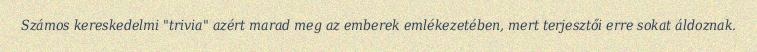
Számos kereskedelmi "trivia" azért marad meg az emberek emlékezetében, mert terjesztői erre sokat áldoznak.